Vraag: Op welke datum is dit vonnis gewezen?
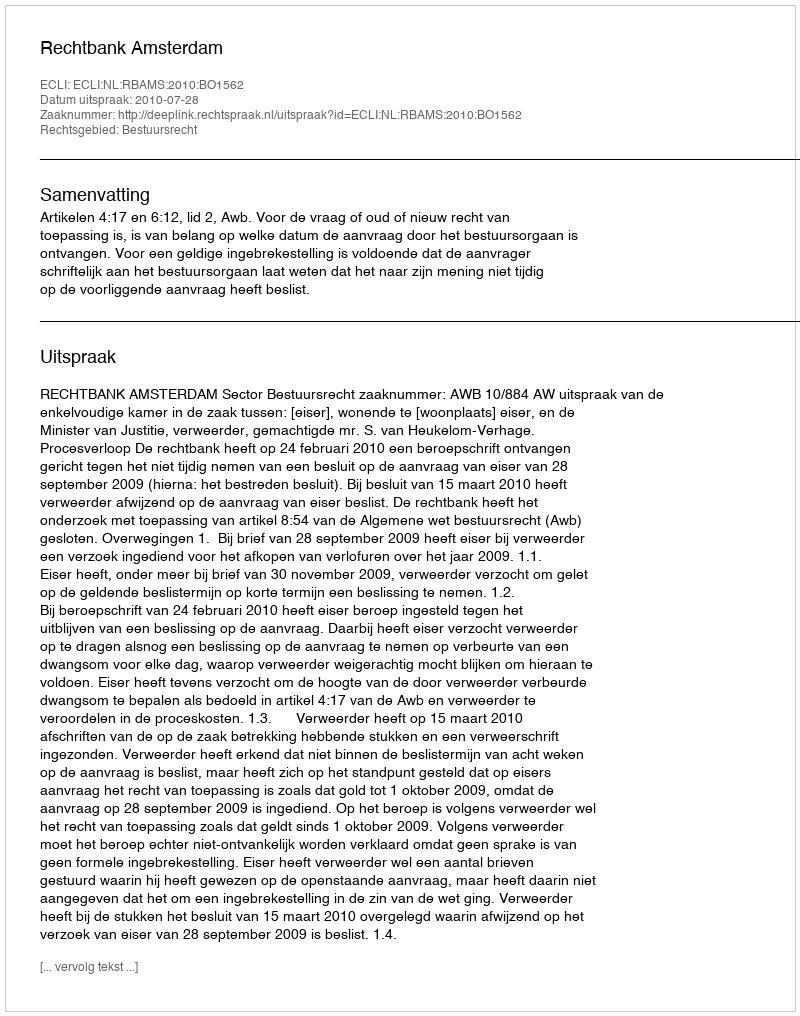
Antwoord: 2010-07-28